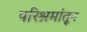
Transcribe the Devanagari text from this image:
परिश्रमांतून